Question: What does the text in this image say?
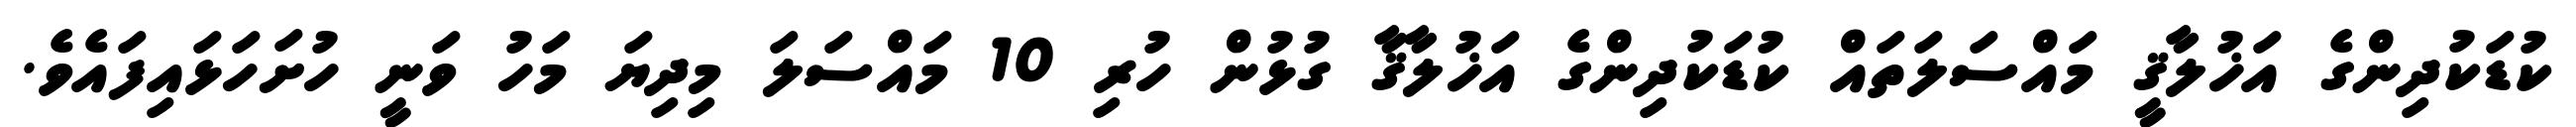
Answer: ކުޑަކުދިންގެ އަޚުލާޤީ މައްސަލަތައް ކުޑަކުދިންގެ އަޚުލާޤާ ގުޅުން ހުރި 10 މައްސަލަ މިދިޔަ މަހު ވަނީ ހުށަހަޅައިފައެވެ.